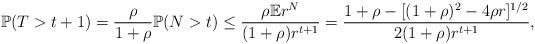
LaTeX: \begin{align*}\mathbb{P}(T>t+1)=\frac{\rho}{1+\rho}\mathbb{P}(N>t)\leq\frac{\rho\mathbb{E}r^N}{(1+\rho)r^{t+1}}=\frac{1+\rho-[(1+\rho)^2-4\rho r]^{1/2}}{2(1+\rho)r^{t+1}},\end{align*}